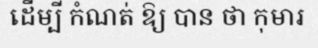
ដើម្បី កំណត់ ឱ្យ បាន ថា កុមារ